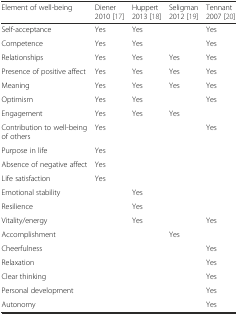
| Element of well-being | Diener 2010 [17] | Huppert 2013 [18] | Seligman 2012 [19] | Tennant 2007 [20] |
 | --- | --- | --- | --- | --- |
 | Self-acceptance | Yes | Yes |  | Yes |
 | Competence | Yes | Yes |  | Yes |
 | Relationships | Yes | Yes | Yes | Yes |
 | Presence of positive affect | Yes | Yes | Yes | Yes |
 | Meaning | Yes | Yes | Yes | Yes |
 | Optimism | Yes | Yes |  | Yes |
 | Engagement | Yes | Yes | Yes |  |
 | Contribution to well-being of others | Yes |  |  | Yes |
 | Purpose in life | Yes |  |  |  |
 | Absence of negative affect | Yes |  |  |  |
 | Life satisfaction | Yes |  |  |  |
 | Emotional stability |  | Yes |  |  |
 | Resilience |  | Yes |  |  |
 | Vitality/energy |  | Yes |  | Yes |
 | Accomplishment |  |  | Yes |  |
 | Cheerfulness |  |  |  | Yes |
 | Relaxation |  |  |  | Yes |
 | Clear thinking |  |  |  | Yes |
 | Personal development |  |  |  | Yes |
 | Autonomy |  |  |  | Yes |